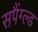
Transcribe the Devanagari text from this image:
सपैंग्ल्ड